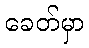
ခေတ်မှာ